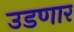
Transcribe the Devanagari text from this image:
उडणार